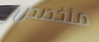
متخصص